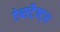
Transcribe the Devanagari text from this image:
ऐब्सट्रैक्ट्स